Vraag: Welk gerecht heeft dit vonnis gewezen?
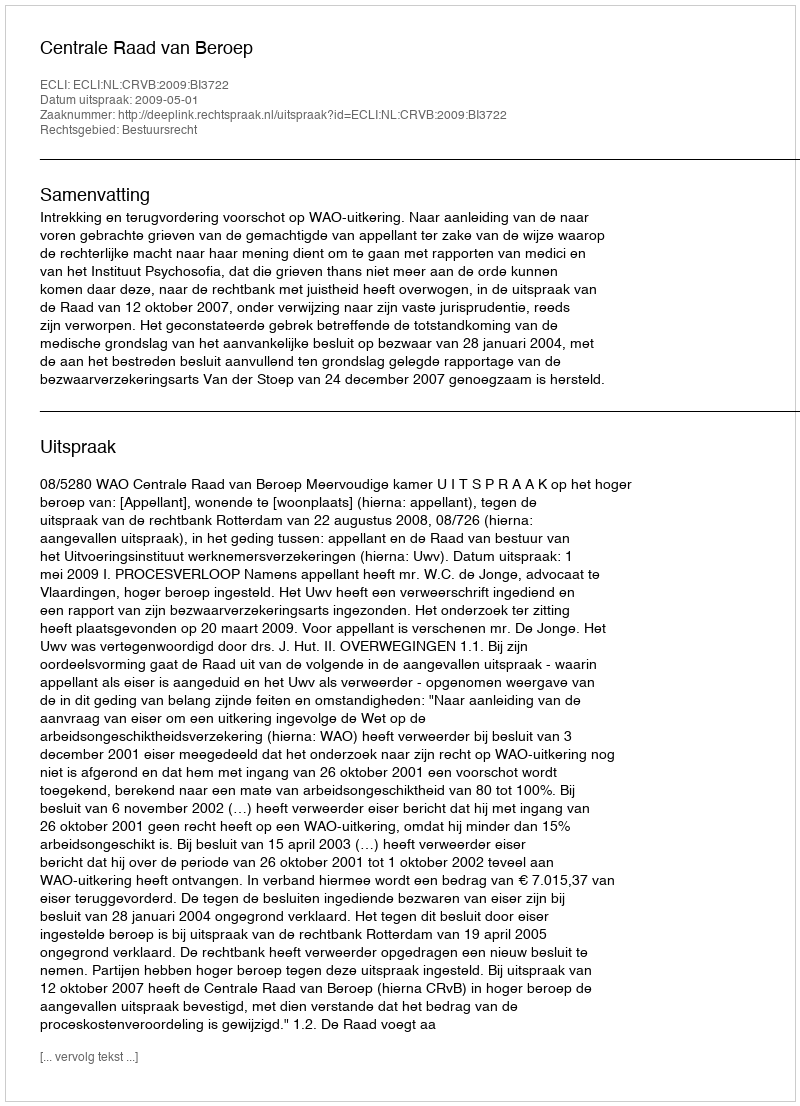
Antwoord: Centrale Raad van Beroep